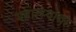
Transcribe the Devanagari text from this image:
महात्म्याचा